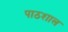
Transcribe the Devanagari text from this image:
पाठशाल